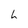
Character: h